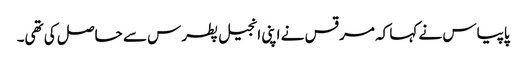
پاپیاس نے کہا کہ مرقس نے اپنی انجیل پطرس سے حاصل کی تھی۔